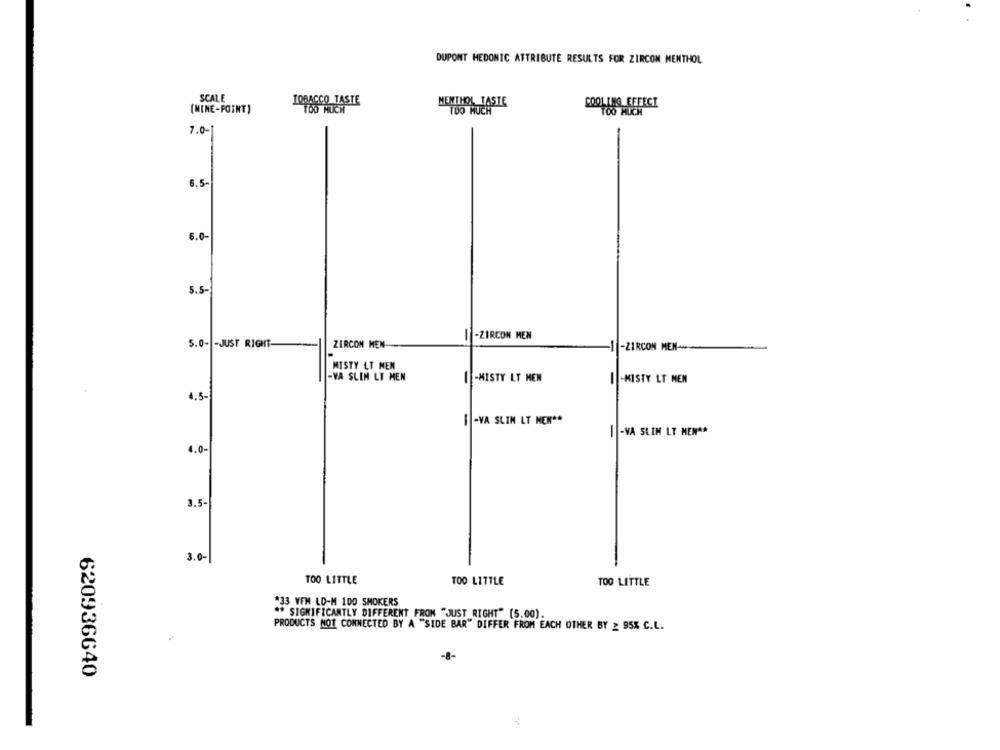
DUPONT MEDONIC ATTRIBUTE RESULTS FOR ZIRCON MENTHOL
SCALE
TOBACCO TASTE
MENTHOL TASTE
(MINE-POINT)
TOO MUCH
COOLING EFFECI
7.0-
6.5-
6.0-
5.5-
1 -ZIRCON MEN
5.0- - JUST RIGHT-
ZIRCON MEN
-1 -ZIRCON MEN-
MISTY LT MEN
-VA SLIN LT MEN
-MISTY LT MEN
-KISTY LT MEN
4.5-
B-VA SLIM LT NEN **
-VA SLIM LT MENAR
-
1.0-
3.5-
3.0-
TOO LITTLE
TOO LITTLE
TOO LITTLE
#33 VFM LD-M 100 SMOKERS
** SIGNIFICANTLY DIFFERENT FROM "JUST RIGHT" [5.00).
PRODUCTS NOT CONNECTED BY A "SIDE BAR" DIFFER FROM EACH OTHER BY 2 95% C.L.
-8-
620936640